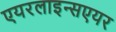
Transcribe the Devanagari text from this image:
एयरलाइन्सएयर